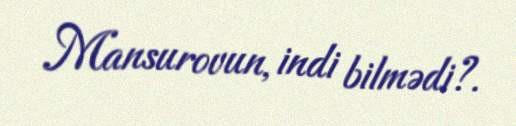
Mansurovun, indi bilmədi?.